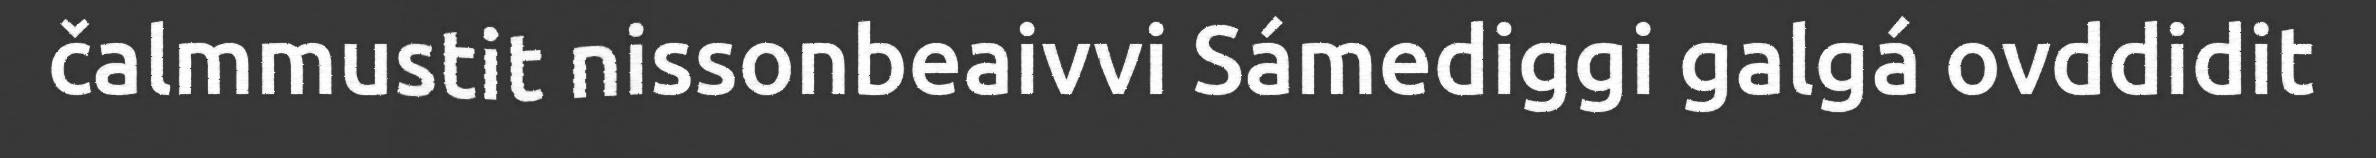
čalmmustit nissonbeaivvi Sámediggi galgá ovddidit